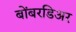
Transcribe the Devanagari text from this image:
बोंबरडिअर